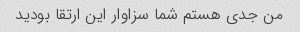
من جدی هستم شما سزاوار این ارتقا بودید